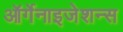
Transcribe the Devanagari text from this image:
ऑर्गेनाइजेशन्स